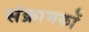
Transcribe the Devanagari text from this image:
संक्रामकों